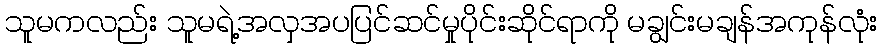
သူမကလည်း သူမရဲ့အလှအပပြင်ဆင်မှုပိုင်းဆိုင်ရာကို မချွင်းမချန်အကုန်လုံး